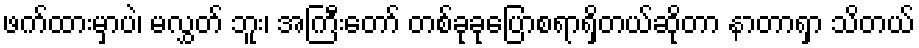
ဖက်ထားမှာပဲ၊ မလွှတ် ဘူး၊ အကြီးတော် တစ်ခုခုပြောစရာရှိတယ်ဆိုတာ နာတာရှာ သိတယ်